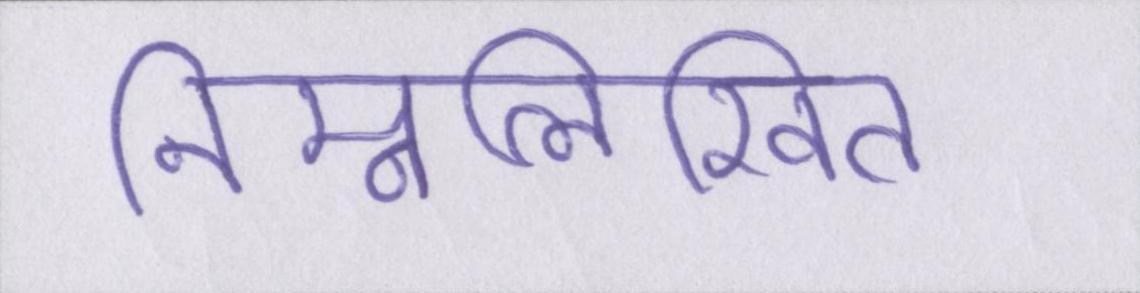
निम्नलिखित